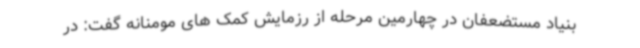
بنیاد مستضعفان در چهارمین مرحله از رزمایش کمک های مومنانه گفت: در